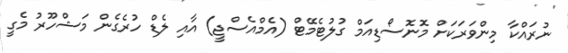
ނުރައްކާ މިންވަރަކަށް މޮނޮސޯޑިއަމް ގުލުޓެމޭޓް (އެމްއެސްޖީ) އާއި ލެޑް ހުރެގެން މަޝްހޫރު މެގީ